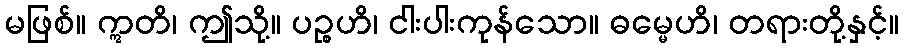
မဖြစ်။ ဣတိ၊ ဤသို့။ ပဉ္စဟိ၊ ငါးပါးကုန်သော။ ဓမ္မေဟိ၊ တရားတို့နှင့်။